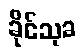
ခိုင်သုခ